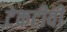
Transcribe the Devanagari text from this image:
टेकटीवी